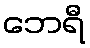
ဘေရီ